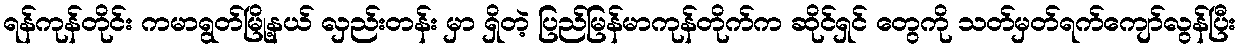
ရန်ကုန်တိုင်း ကမာရွတ်မြို့နယ် လှည်းတန်း မှာ ရှိတဲ့ ပြည်မြန်မာကုန်တိုက်က ဆိုင်ရှင် တွေကို သတ်မှတ်ရက်ကျော်လွန်ပြီး